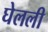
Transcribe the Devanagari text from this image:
घेलली